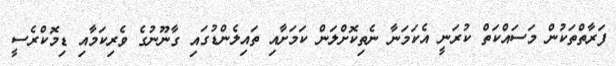
ފަރާތްތަކުން މަސައްކަތް ކުރަނީ އެކަމަނާ ނެތިކޮށްލަން ކަމަށާއި ތަައިލެންޑުގައި ގާނޫނުގެ ވެރިކަމާއި ޑިމޮކްރެސީ